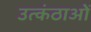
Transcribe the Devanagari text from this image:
उत्कंठाओं